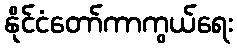
နိုင်ငံတော်ကာကွယ်ရေး